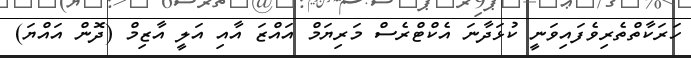
ހަރަކާތްތެރިވެފައިވަނީ ކުޅަދާނަ އެކްޓްރެސް މަރިޔަމް އައްޒަ އާއި އަލީ އާޒިމް (ދޮން އައްޔަ)